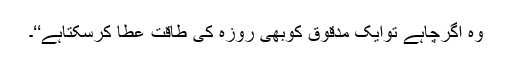
وہ اگرچاہے توایک مدقوق کوبھی روزہ کی طاقت عطا کرسکتاہے‘‘۔